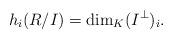
LaTeX: \begin{align*} h_i(R/I)= \dim_K (I^{\perp})_i .\end{align*}